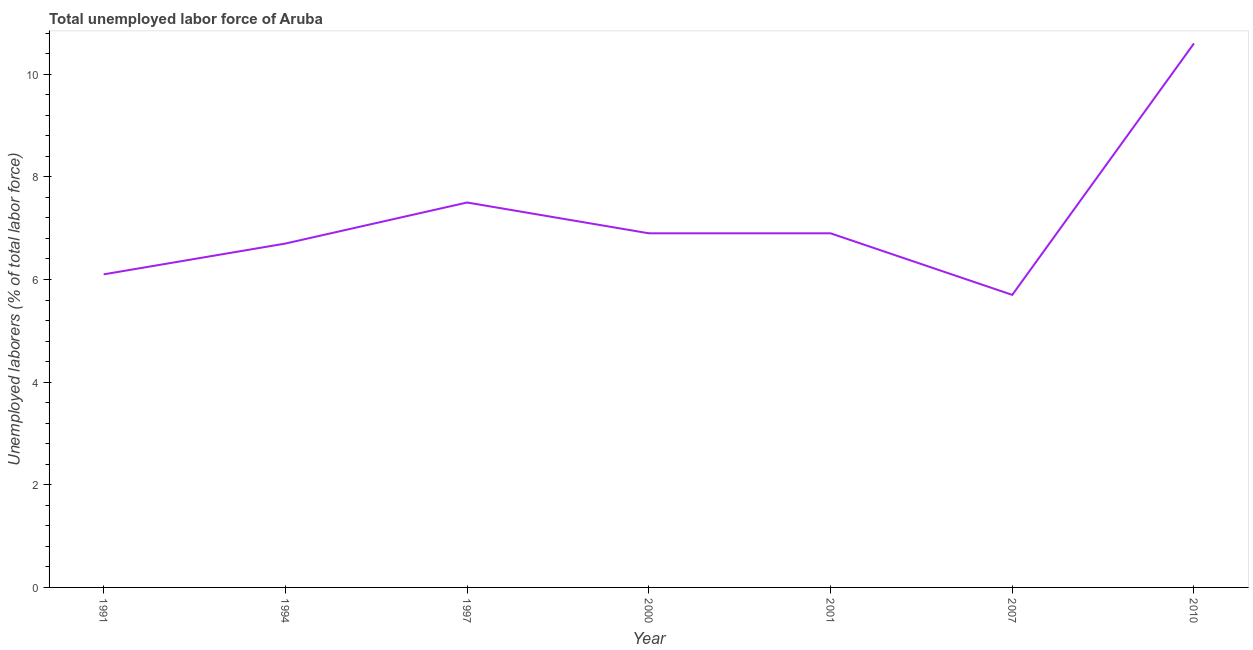
| Year | Unemployment total |
 | --- | --- |
 | 1991 | 6.1 |
 | 1994 | 6.7 |
 | 1997 | 7.5 |
 | 2000 | 6.9 |
 | 2001 | 6.9 |
 | 2007 | 5.7 |
 | 2010 | 10.6 |